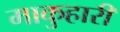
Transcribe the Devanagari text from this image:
माकुहारी